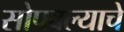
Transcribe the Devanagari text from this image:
सोपवल्याचे